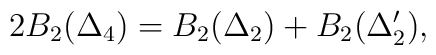
2B_{2}(\Delta_{4})=B_{2}(\Delta_{2}) + B_{2}(\Delta'_{2}),